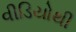
વીડિયોથી